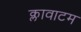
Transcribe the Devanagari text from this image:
क्लावाटम